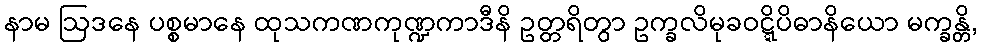
နာမ ဩဒနေ ပစ္စမာနေ ထုသကဏကုဏ္ဍကာဒီနိ ဥတ္တရိတွာ ဥက္ခလိမုခဝဋ္ဋိပိဓာနိယော မက္ခန္တိ,